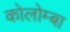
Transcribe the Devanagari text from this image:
कोलोम्बा